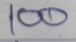
100